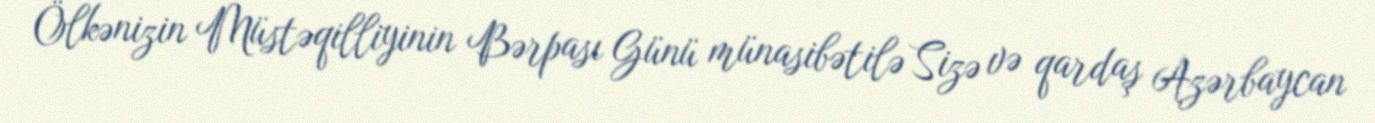
Ölkənizin Müstəqilliyinin Bərpası Günü münasibətilə Sizə və qardaş Azərbaycan